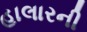
હાલારની